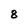
Character: 8